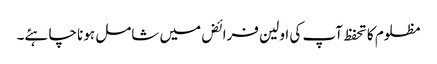
مظلوم کا تحفظ آپ کی اولین فرائض میں شامل ہونا چاہئے۔